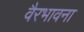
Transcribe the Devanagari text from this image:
वैरभावना